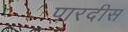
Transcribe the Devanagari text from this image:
पारदीस